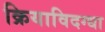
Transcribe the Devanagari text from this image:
क्रियाविदग्धा